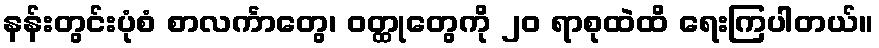
နန်းတွင်းပုံစံ စာလင်္ကာတွေ၊ ဝတ္ထုတွေကို ၂၀ ရာစုထဲထိ ရေးကြပါတယ်။